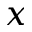
x